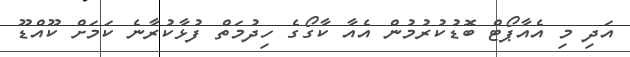
އަދި މި އެއާޕޯޓް ބޮޑުކުރުމުން އެއާ ކާގޯގެ ހިދުމަތް ފުޅާކުރާނެ ކަމަށް ކޫއްޑޫ